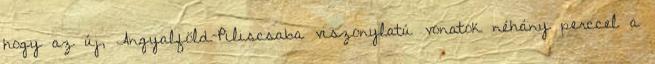
hogy az új, Angyalföld–Piliscsaba viszonylatú vonatok néhány perccel a